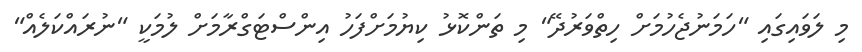
މި ލަވައިގައި "ހަމަނުޖެހުމަށް ހިތްވަރުދޭ" މި ތަންކޮޅު ކިޔުމަށްފަހު އިންސްޓަގްރާމަށް ލުމަކީ "ނުރައްކަލެއް"